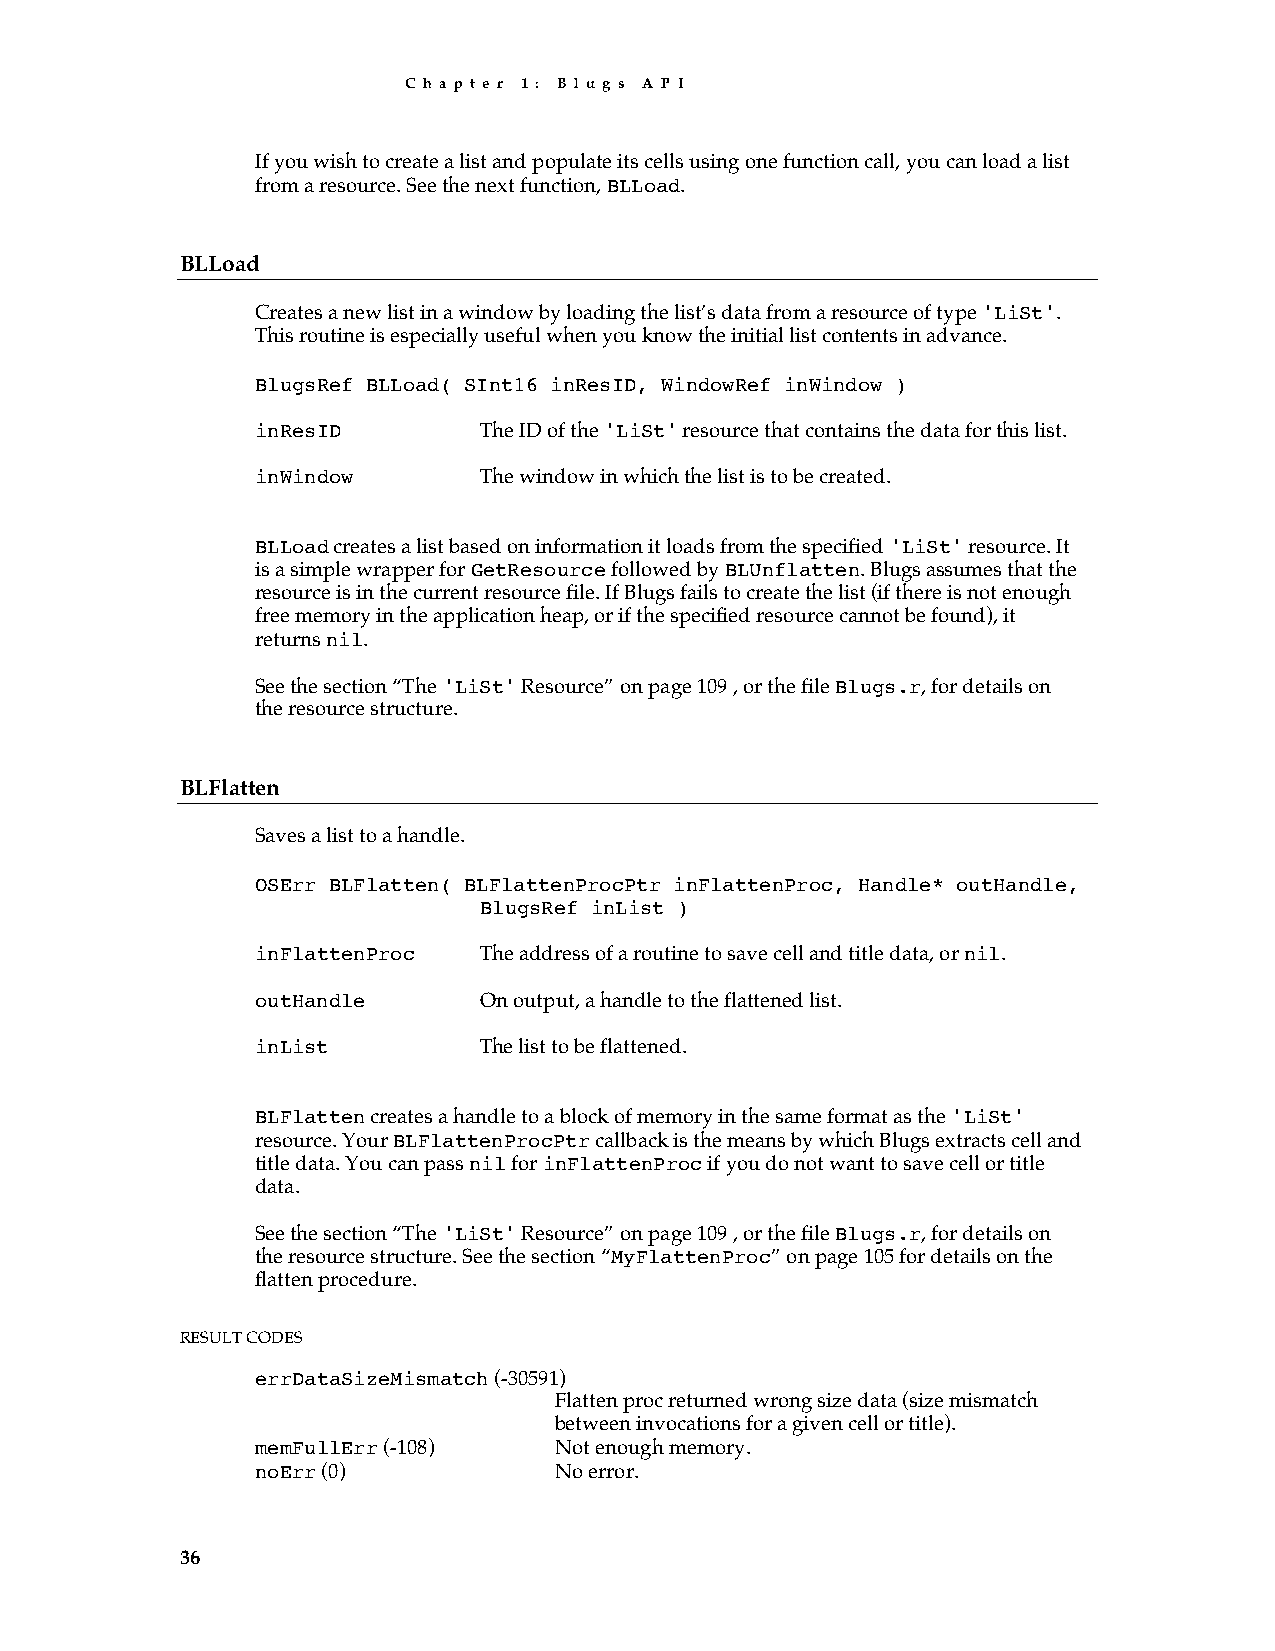
C h a p t e r 1 : B l u g s A P I
 If you wish to create a list and populate its cells using one function call, you can load a list
 from a resource. See the next function, BLLoad.
 BLLoad
 Creates a new list in a window by loading the list’s data from a resource of type 'LiSt'.
 This routine is especially useful when you know the initial list contents in advance.
 BlugsRef BLLoad( SInt16 inResID, WindowRef inWindow )
 inResID        The ID of the 'LiSt' resource that contains the data for this list.
 inWindow       The window in which the list is to be created.
 BLLoad creates a list based on information it loads from the specified 'LiSt' resource. It
 is a simple wrapper for GetResource followed by BLUnflatten. Blugs assumes that the
 resource is in the current resource file. If Blugs fails to create the list (if there is not enough
 free memory in the application heap, or if the specified resource cannot be found), it
 returns nil.
 See the section “The 'LiSt' Resource” on page 109 , or the file Blugs.r, for details on
 the resource structure.
 BLFlatten
 Saves a list to a handle.
 OSErr BLFlatten( BLFlattenProcPtr inFlattenProc, Handle* outHandle,
 BlugsRef inList )
 inFlattenProc  The address of a routine to save cell and title data, or nil.
 outHandle      On output, a handle to the flattened list.
 inList         The list to be flattened.
 BLFlatten creates a handle to a block of memory in the same format as the 'LiSt'
 resource. Your BLFlattenProcPtr callback is the means by which Blugs extracts cell and
 title data. You can pass nil for inFlattenProc if you do not want to save cell or title
 data.
 See the section “The 'LiSt' Resource” on page 109 , or the file Blugs.r, for details on
 the resource structure. See the section “MyFlattenProc” on page 105 for details on the
 flatten procedure.
 RESULT CODES
 errDataSizeMismatch (-30591)
 Flatten proc returned wrong size data (size mismatch
 between invocations for a given cell or title).
 memFullErr (-108)   Not enough memory.
 noErr (0)           No error.
 36